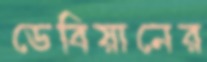
ডেবিয়ানের